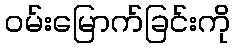
ဝမ်းမြောက်ခြင်းကို